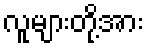
လူများတို့အား